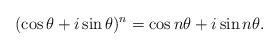
LaTeX: \begin{align*}(\cos \theta + i\sin\theta)^n = \cos n\theta + i\sin n\theta.\end{align*}